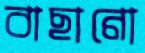
বাছানো